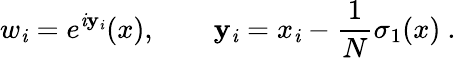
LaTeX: w_{\mathit{i}}=e^{\mathit{i}\mathbf{y}_{\mathit{i}}}(x),\qquad\mathbf{y}_{\mathit{i}}=x_{\mathit{i}}-\frac{1}{N}\sigma_{1}(x)\ .